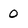
Character: 0